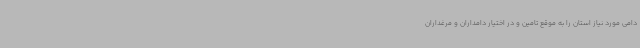
دامی مورد نیاز استان را به موقع تامین و در اختیار دامداران و مرغداران